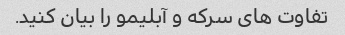
تفاوت های سرکه و آبلیمو را بیان کنید.